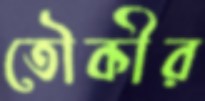
তৌকীর